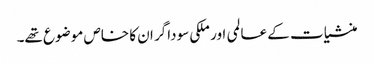
منشیات کے عالمی اور ملکی سوداگر ان کا خاص موضوع تھے۔